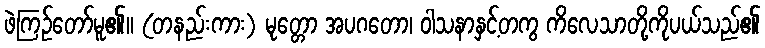
ဖဲကြဉ်တော်မူ၏။ (တနည်းကား) မုတ္တော အပဂတော၊ ဝါသနာနှင့်တကွ ကိလေသာတို့ကိုပယ်သည်၏